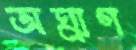
অঘ্রাণ